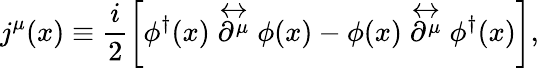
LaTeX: j^{\mu}(x)\equiv\frac{i}{2}\left[\phi^{\dagger}(x)\stackrel{\leftrightarrow}{\partial^{\mu}}\phi(x)-\phi(x)\stackrel{\leftrightarrow}{\partial^{\mu}}\phi^{\dagger}(x)\right],